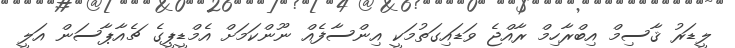
ލީޑަރު ޤާސިމް އިބްރާހިމް ރާއްޖެ ވަޑައިގަތުމަކީ އިންސާފެއް ނޫންކަމަށް އެމްޑީޕީގެ ޗެއާޕާސަން އަލީ